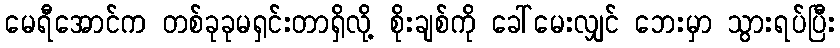
မေရီအောင်က တစ်ခုခုမရှင်းတာရှိလို့ စိုးချစ်ကို ခေါ်မေးလျှင် ဘေးမှာ သွားရပ်ပြီး